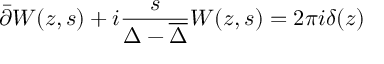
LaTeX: \bar { \partial } W ( z , s ) + i \frac { s } { \Delta - { \overline { { \Delta } } } } W ( z , s ) = 2 \pi i \delta ( z ) \nonumber